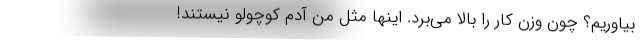
بیاوریم؟ چون وزن کار را بالا می‌برد. اینها مثل من آدم کوچولو نیستند!